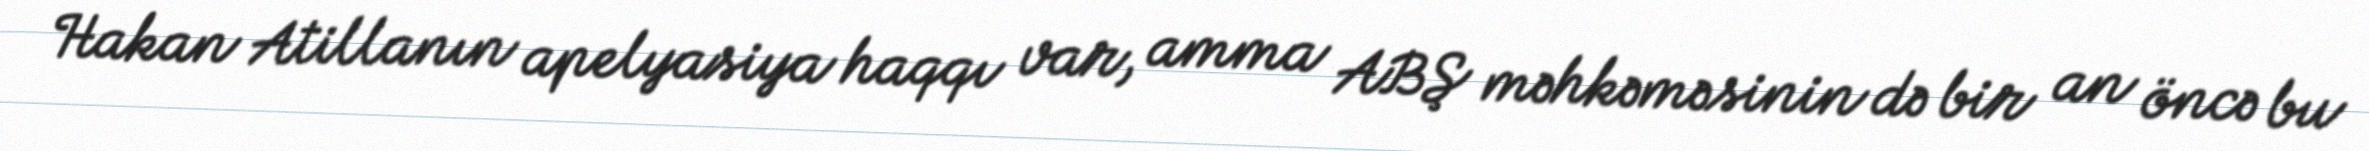
Hakan Atillanın apelyasiya haqqı var, amma ABŞ məhkəməsinin də bir an öncə bu